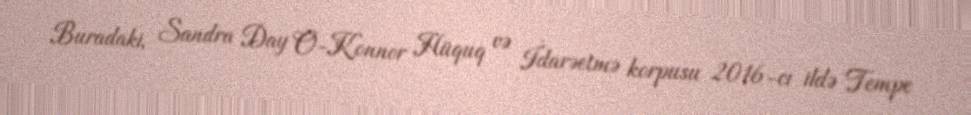
Buradaki, Sandra Day O-Konnor Hüquq və İdarəetmə korpusu 2016-cı ildə Tempe